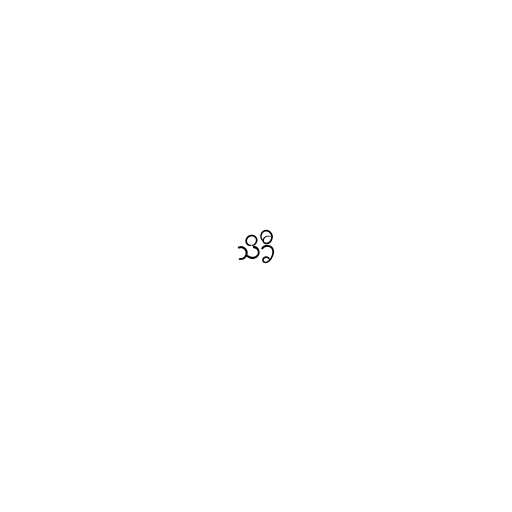
သိခီ